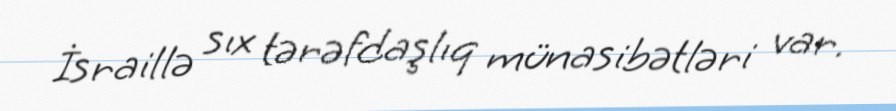
İsraillə sıx tərəfdaşlıq münasibətləri var.